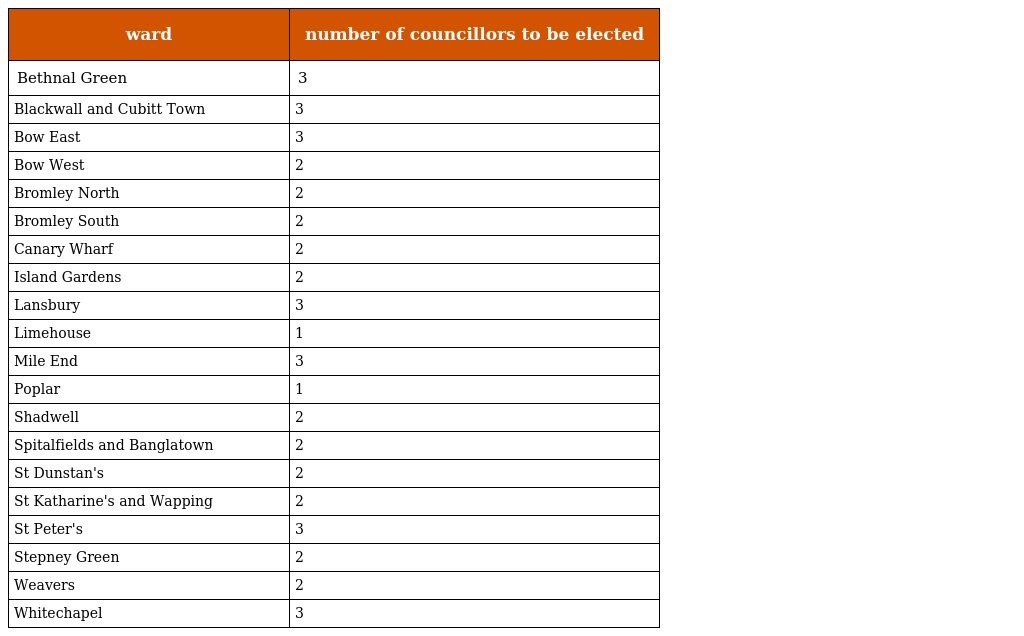
| ward | number of councillors to be elected |
 | --- | --- |
 | Bethnal Green | 3 |
 | Blackwall and Cubitt Town | 3 |
 | Bow East | 3 |
 | Bow West | 2 |
 | Bromley North | 2 |
 | Bromley South | 2 |
 | Canary Wharf | 2 |
 | Island Gardens | 2 |
 | Lansbury | 3 |
 | Limehouse | 1 |
 | Mile End | 3 |
 | Poplar | 1 |
 | Shadwell | 2 |
 | Spitalfields and Banglatown | 2 |
 | St Dunstan's | 2 |
 | St Katharine's and Wapping | 2 |
 | St Peter's | 3 |
 | Stepney Green | 2 |
 | Weavers | 2 |
 | Whitechapel | 3 |